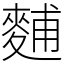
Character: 麱